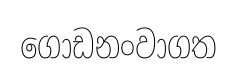
ගොඩනංවාගත